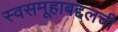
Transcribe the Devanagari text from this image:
स्वसमूहाबद्दलची